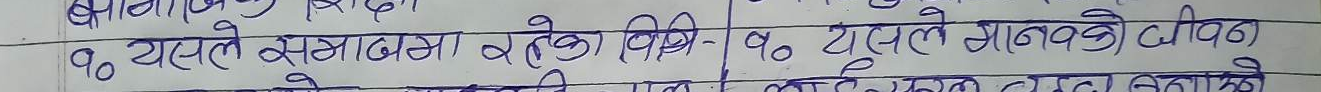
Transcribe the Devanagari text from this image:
यो यसले समाजमा रहेको विभेद १० टुटने झानको उचित